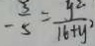
- \frac { 3 } { 5 } = \frac { y ^ { 2 } } { 1 6 + y ^ { 2 } }